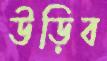
উড়িব